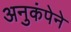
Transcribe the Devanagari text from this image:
अनुकंपेने